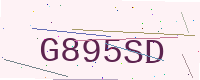
Text: G895SD